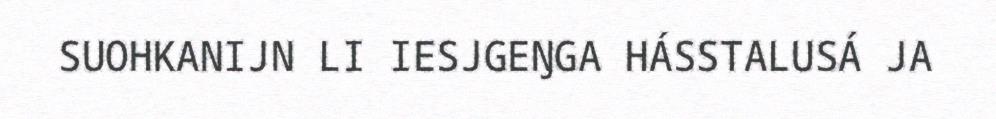
SUOHKANIJN LI IESJGEŊGA HÁSSTALUSÁ JA